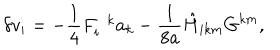
LaTeX: \delta v _ { i } = - \frac { 1 } { 4 } F _ { i } ^ { \; \; k } a _ { k } - \frac { 1 } { 8 a } { { \hat { H } } } _ { i k m } G ^ { k m } ,